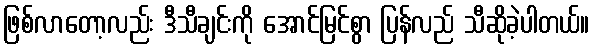
ဖြစ်လာတော့လည်း ဒီသီချင်းကို အောင်မြင်စွာ ပြန်လည် သီဆိုခဲ့ပါတယ်။